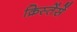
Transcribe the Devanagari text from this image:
क्रिस्तेंसें